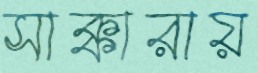
সাক্কারায়